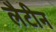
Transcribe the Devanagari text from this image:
लैटीन